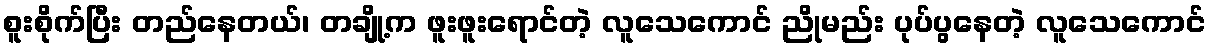
စူးစိုက်ပြီး တည်နေတယ်၊ တချို့က ဖူးဖူးရောင်တဲ့ လူသေကောင် ညိုမည်း ပုပ်ပွနေတဲ့ လူသေကောင်